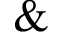
\&